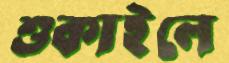
শুকাইলে